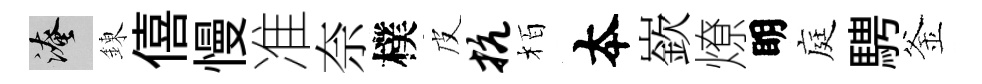
淹錬僖慢准奈樸皮抗栢夲嶔燎眀庭騁釜